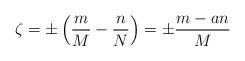
LaTeX: \begin{align*}\zeta = \pm \left( \frac{m}{M} - \frac{n}{N}\right) = \pm \frac{m - an}{M}\end{align*}